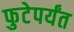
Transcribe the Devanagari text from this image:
फुटेपर्यंत